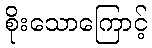
စိုးသောကြောင့်